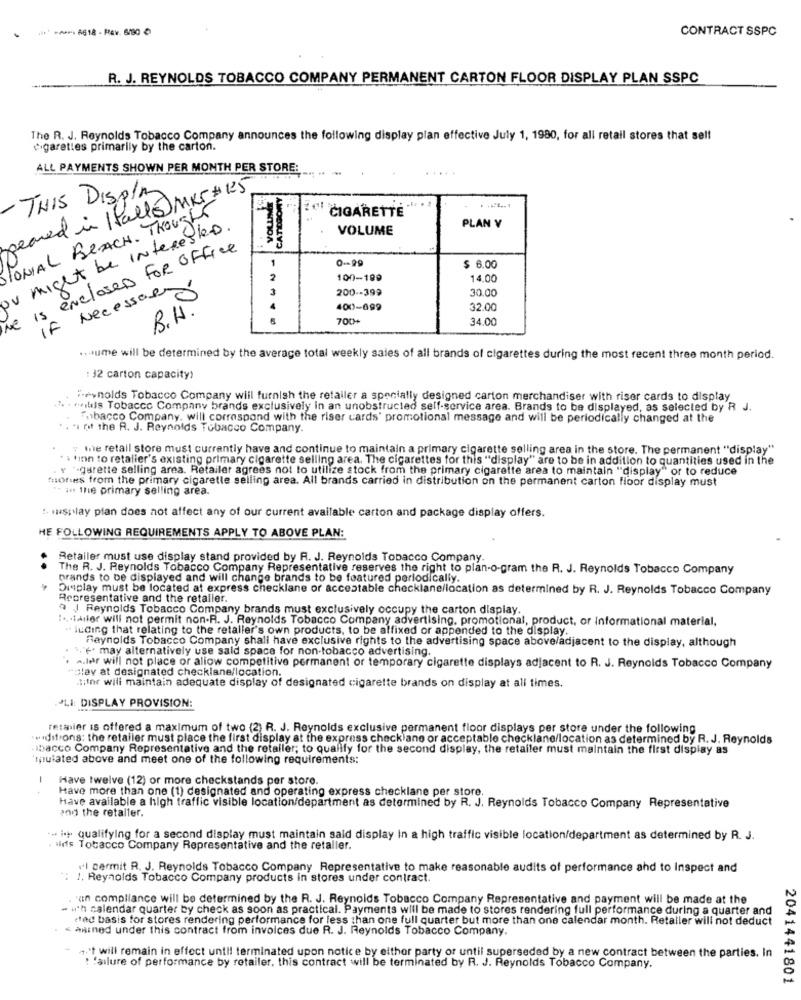
6618 - Per. 6/80 0
CONTRACT SSPC
R. J. REYNOLDS TOBACCO COMPANY PERMANENT CARTON FLOOR DISPLAY PLAN SSPC
The R. J. Reynolds Tobacco Company announces the following display plan effective July 1, 1980, for all retail stores that sell
cigarettes primarily by the carton.
ALL PAYMENTS SHOWN PER MONTH PER STORE:
seared in Hallo MKT # 125
CATEGORY
- THIS DISPLAY
ONAL BEACH. Thought
CIGARETTE
ou might be Interested .
VOLUME
PLAN V
he is enclosed For office
1
0-99
$ 6.00
2
100-199
14.0
·Necessari
3
200 -- 399
30.00
B.H.
400-099
32.00
700+
34.0
.Hume will be determined by the average total weekly sales of all brands of cigarettes during the most recent three month period.
: 32 carton capacity)
"+ynolds Tobacco Company will furnish the retailer a specially designed carton merchandiser with riser cards to display
." . whileis Tobacco Company brands exclusively in an unobstructed self-service area. Brands to be displayed, as selected by R J.
Tobacco Company. will correspond with the riser cards' promotional message and will be periodically changed at the
.. . of the R. J. Reynolds Tobacco Company.
y me retail store must currently have and continue to maintain a primary cigarette selling area in the store. The permanent ""display"
. finn to retalier's existing primary cigarette selling area. The cigarettes for this "display" are to be in addition to quantities used in the
v "-garette selling area. Retailer agrees not to utilize stock from the primary cigarette area to maintain "display" or to reduce
fiories from the primary cigaretle selling area. All brands carried in distribution on the permanent carton floor display must
" in the primary selling area.
:. wasplay plan does not affect any of our current available carton and package display offers.
HE FOLLOWING REQUIREMENTS APPLY TO ABOVE PLAN:
Retailer must use display stand provided by R. J. Reynolds Tobacco Company.
The R. J. Reynolds Tobacco Company Representative reserves the right to plan-o-gram the R. J. Reynolds Tobacco Company
brands to be displayed and will change brands to be featured periodically.
Display must be located at express checklane or acceptable checklane/location as determined by R. J. Reynolds Tobacco Company
Representative and the retaller.
9 J Reynolds Tobacco Company brands must exclusively occupy the carton display.
:.. faifer will not permit non-R. J. Reynolds Tobacco Company advertising, promotional, product, or Informational material,
" luding that relating to the retaller's own products, to be affixed or appended to the display.
Reynolds Tobacco Company shall have exclusive rights to the advertising space above/adjacent to the display, although
1."" may alternatively use sald space for non-tobacco advertising.
"play at designated checklane/location.
a.ler will not place or allow competitive permanent or temporary cigarette displays adjacent to R. J. Reynolds Tobacco Company
tiIhr will maintain adequate display of designated cigarette brands on display at all times.
.PLI: DISPLAY PROVISION:
retabler is offered a maximum of two (2) R. J. Reynolds exclusive permanent floor displays per store under the following
.difrons; the retailer must place the first display at the express check ane or acceptable checklane/location as determined by R. J. Reynolds
bacco Company Representative and the retailer; to qualify for the second display, the retailer must maintain the first display as
mpulated above and meet one of the following requirements:
-
Have twelve (12) or more checkstands per store.
Have more than one (1) designated and operating express checklane per store.
Have available a high traffic visible location/department as determined by R. J. Reynolds Tobacco Company Representative
100 the retaller.
.- i. qualifying for a second display must maintain said display In a high traffic visible location/department as determined by R. J.
. ilds Tobacco Company Representative and the retaller.
vl cermit R. J. Reynolds Tobacco Company Representative to make reasonable audits of performance and to Inspect and
": J. Reynolds Tobacco Company products in stores under contract.
'aIn compliance will be determined by the R. J. Reynolds Tobacco Company Representative and payment will be made at the
- u'n calendar quarter by check as soon as practical. Payments will be made to stores rendering full performance during a quarter and
cad basis for stores rendering performance for less than one full quarter but more than one calendar month. Retaller will not deduct
Anined under this contract from invoices due R. J. Reynolds Tobacco Company.
't will remain in effect until terminated upon notice by either party or until superseded by a new contract between the parties. In
: failure of performance by retailer, this contract will be terminated by R. J. Reynolds Tobacco Company.
2041441801